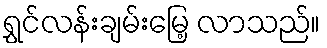
ရွှင်လန်းချမ်းမြေ့ လာသည်။